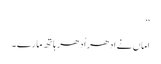
‘‘
اماں نے اِدھر اُدھر ہاتھ مارے ۔